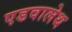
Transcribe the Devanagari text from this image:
एडवालेथ